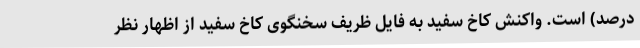
درصد) است. واکنش کاخ سفید به فایل ظریف سخنگوی کاخ سفید از اظهار نظر